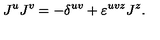
J ^ { u } J ^ { v } = - \delta ^ { u v } + \varepsilon ^ { u v z } J ^ { z } .